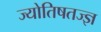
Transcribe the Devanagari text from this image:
ज्योतिषतज्ज्ञ